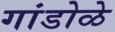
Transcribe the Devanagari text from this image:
गांडोळे